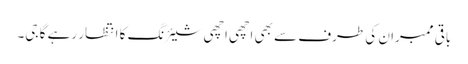
باقی ممبران کی طرف سے بھی اچھی اچھی شیئرنگ کا انتظار رہے گا جی۔